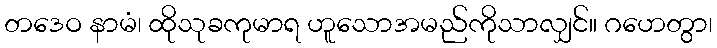
တဒေဝ နာမံ၊ ထိုသုခကုမာရ ဟူသောအမည်ကိုသာလျှင်။ ဂဟေတွာ၊